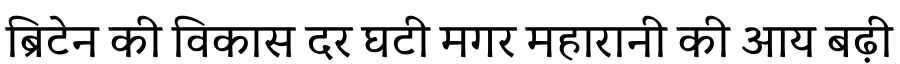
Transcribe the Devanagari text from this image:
ब्रिटेन की विकास दर घटी मगर महारानी की आय बढ़ी